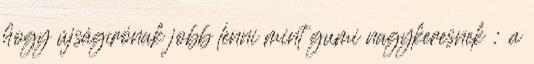
hogy újságírónak jobb lenni mint gumi nagykeresnek : .a